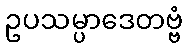
ဥပသမ္ပာဒေတဗ္ဗံ